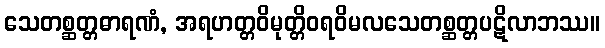
သေတစ္ဆတ္တဓာရဏံ, အရဟတ္တဝိမုတ္တိဝရဝိမလသေတစ္ဆတ္တပဋိလာဘဿ။